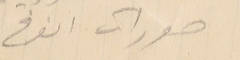
صورات الفرخ